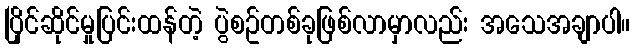
ပြိုင်ဆိုင်မှုပြင်းထန်တဲ့ ပွဲစဥ်တစ်ခုဖြစ်လာမှာလည်း အသေအချာပါ။